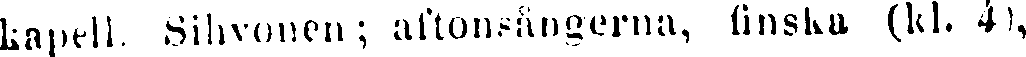
kapell. Sihvonen; aftonsångerna, finska (kl. 4),